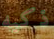
ذكيه